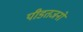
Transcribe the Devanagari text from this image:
पीडतजनों